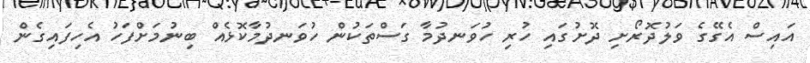
އައިސް އެގޭގެ ވަލުދޮރޯށި ދޮށުގައި ހުރި ހުވަނދުމާ ގަސްތަކުން ހުވަނދުމާކޮޅެއް ބިނުމަށްފަހު އެހިފައިގެން